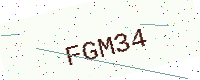
Text: FGM34